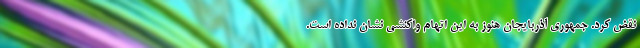
نقض کرد. جمهوری آذربایجان هنوز به این اتهام واکنشی نشان نداده است.